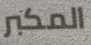
المكبر